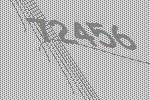
72456